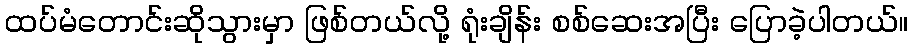
ထပ်မံတောင်းဆိုသွားမှာ ဖြစ်တယ်လို့ ရုံးချိန်း စစ်ဆေးအပြီး ပြောခဲ့ပါတယ်။